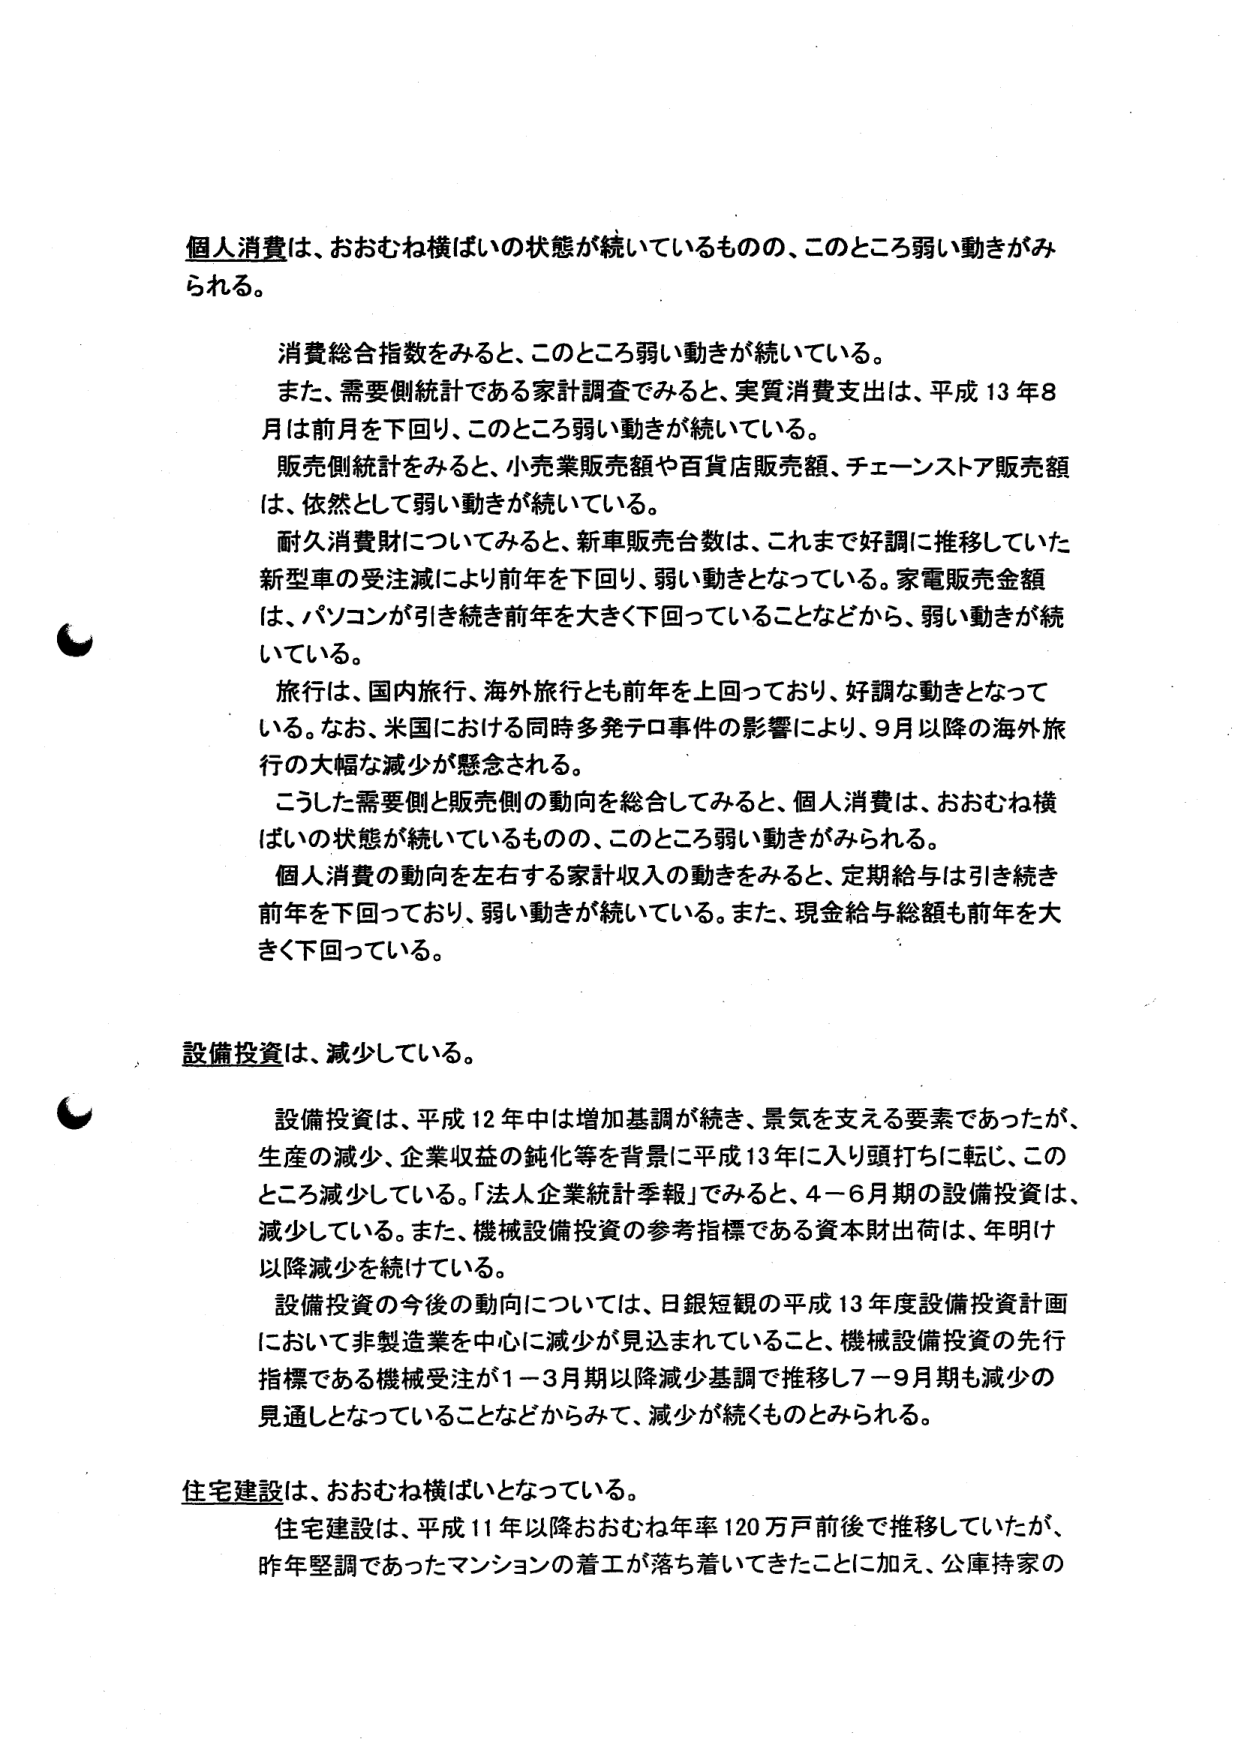
個人消費は、おおむね横ばいの状態が続いているものの、このところ弱い動きがみられる。

消費総合指数をみると、このところ弱い動きが続いている。
また、需要側統計である家計調査でみると、実質消費支出は、平成13年8月は前月を下回り、このところ弱い動きが続いている。
販売側統計をみると、小売業販売額や百貨店販売額、チェーンストア販売額は、依然として弱い動きが続いている。
耐久消費財についてみると、新車販売台数は、これまで好調に推移していた新型車の受注減により前年を下回り、弱い動きとなっている。家電販売金額は、パソコンが引き続き前年を大きく下回っていることなどから、弱い動きが続いている。
旅行は、国内旅行、海外旅行とも前年を上回っており、好調な動きとなっている。なお、米国における同時多発テロ事件の影響により、9月以降の海外旅行の大幅な減少が懸念される。
こうした需要側と販売側の動向を総合してみると、個人消費は、おおむね横ばいの状態が続いているものの、このところ弱い動きがみられる。
個人消費の動向を左右する家計収入の動きをみると、定期給与は引き続き前年を下回っており、弱い動きが続いている。また、現金給与総額も前年を大きく下回っている。

設備投資は、減少している。

設備投資は、平成12年中は増加基調が続き、景気を支える要素であったが、生産の減少、企業収益の鈍化等を背景に平成13年に入り頭打ちに転じ、このところ減少している。「法人企業統計季報」でみると、4－6月期の設備投資は、減少している。また、機械設備投資の参考指標である資本財出荷は、年明け以降減少を続けている。
設備投資の今後の動向については、日銀短観の平成13年度設備投資計画において非製造業を中心に減少が見込まれていること、機械設備投資の先行指標である機械受注が1－3月期以降減少基調で推移し7－9月期も減少の見通しとなっていることなどからみて、減少が続くものとみられる。

住宅建設は、おおむね横ばいとなっている。

住宅建設は、平成11年以降おおむね年率120万戸前後で推移していたが、昨年堅調であったマンションの着工が落ち着いてきたことに加え、公庫持家の